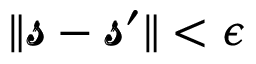
\| \pmb { \mathscr { s } } - \pmb { \mathscr { s } } ^ { \prime } \| < \epsilon